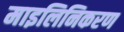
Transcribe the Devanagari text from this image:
माइलिनिकरण